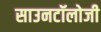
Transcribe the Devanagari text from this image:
साउनटॉलोजी